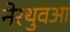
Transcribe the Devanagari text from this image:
नेरथुवआ